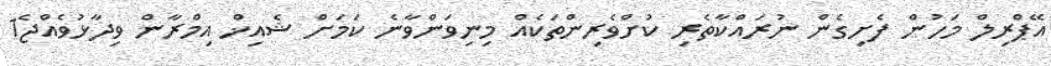
އޭޕްރިލް މަހުން ފެށިގެން ނުރައްކާތެރި ކުށްވެރިންތަކެއް މިނިވަންވާނެ ކަމަށް ޝެއިޚް އިމްރާން ވިދާޅުވެއްޖެ1